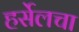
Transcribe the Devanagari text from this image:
हर्सेलचा